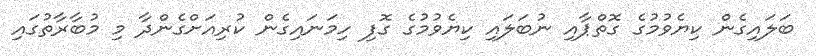
ބަލައިގެން ކިޔެވުމުގެ ގޮތްޕާއި ނުބަލައި ކިޔެވުމުގެ ގޮފި ހިމަނައިގެން ކުރިއަށްގެންދާ މި މުބާރާތުގައި